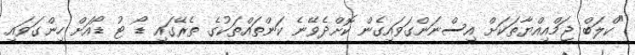
"ކްލަބް ޖަމްއިއްޔާތަކަށް އިސްނަންގަވައިގެން ކޮށްދެވޭނެ ކަންތައްތަކުގެ ތެރޭގައި ޑޯ ޓު ޑޯއަށް ހިންގަވައި